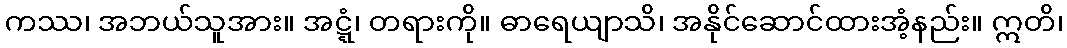
ကဿ၊ အဘယ်သူအား။ အဋ္ဋံ၊ တရားကို။ ဓာရေယျာသိ၊ အနိုင်ဆောင်ထားအံ့နည်း။ ဣတိ၊